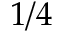
1 / 4